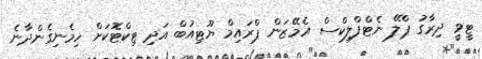
ޓީވީ ދިރާގު ޕްލޭ ނެޓްފްލިކްސް އެމޭޒަން ޕްރައިމް ޔޫޓިއުބް އަދި ޓިކްޓޮކަށް ހިމެނިގެންދާނެ